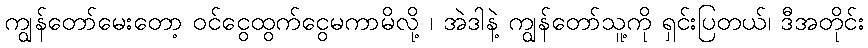
ကျွန်တော်မေးတော့ ဝင်ငွေထွက်ငွေမကာမိလို့ ၊ အဲဒါနဲ့ ကျွန်တော်သူ့ကို ရှင်းပြတယ်၊ ဒီအတိုင်း